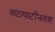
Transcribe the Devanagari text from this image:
वाटाघाटींनतंतर